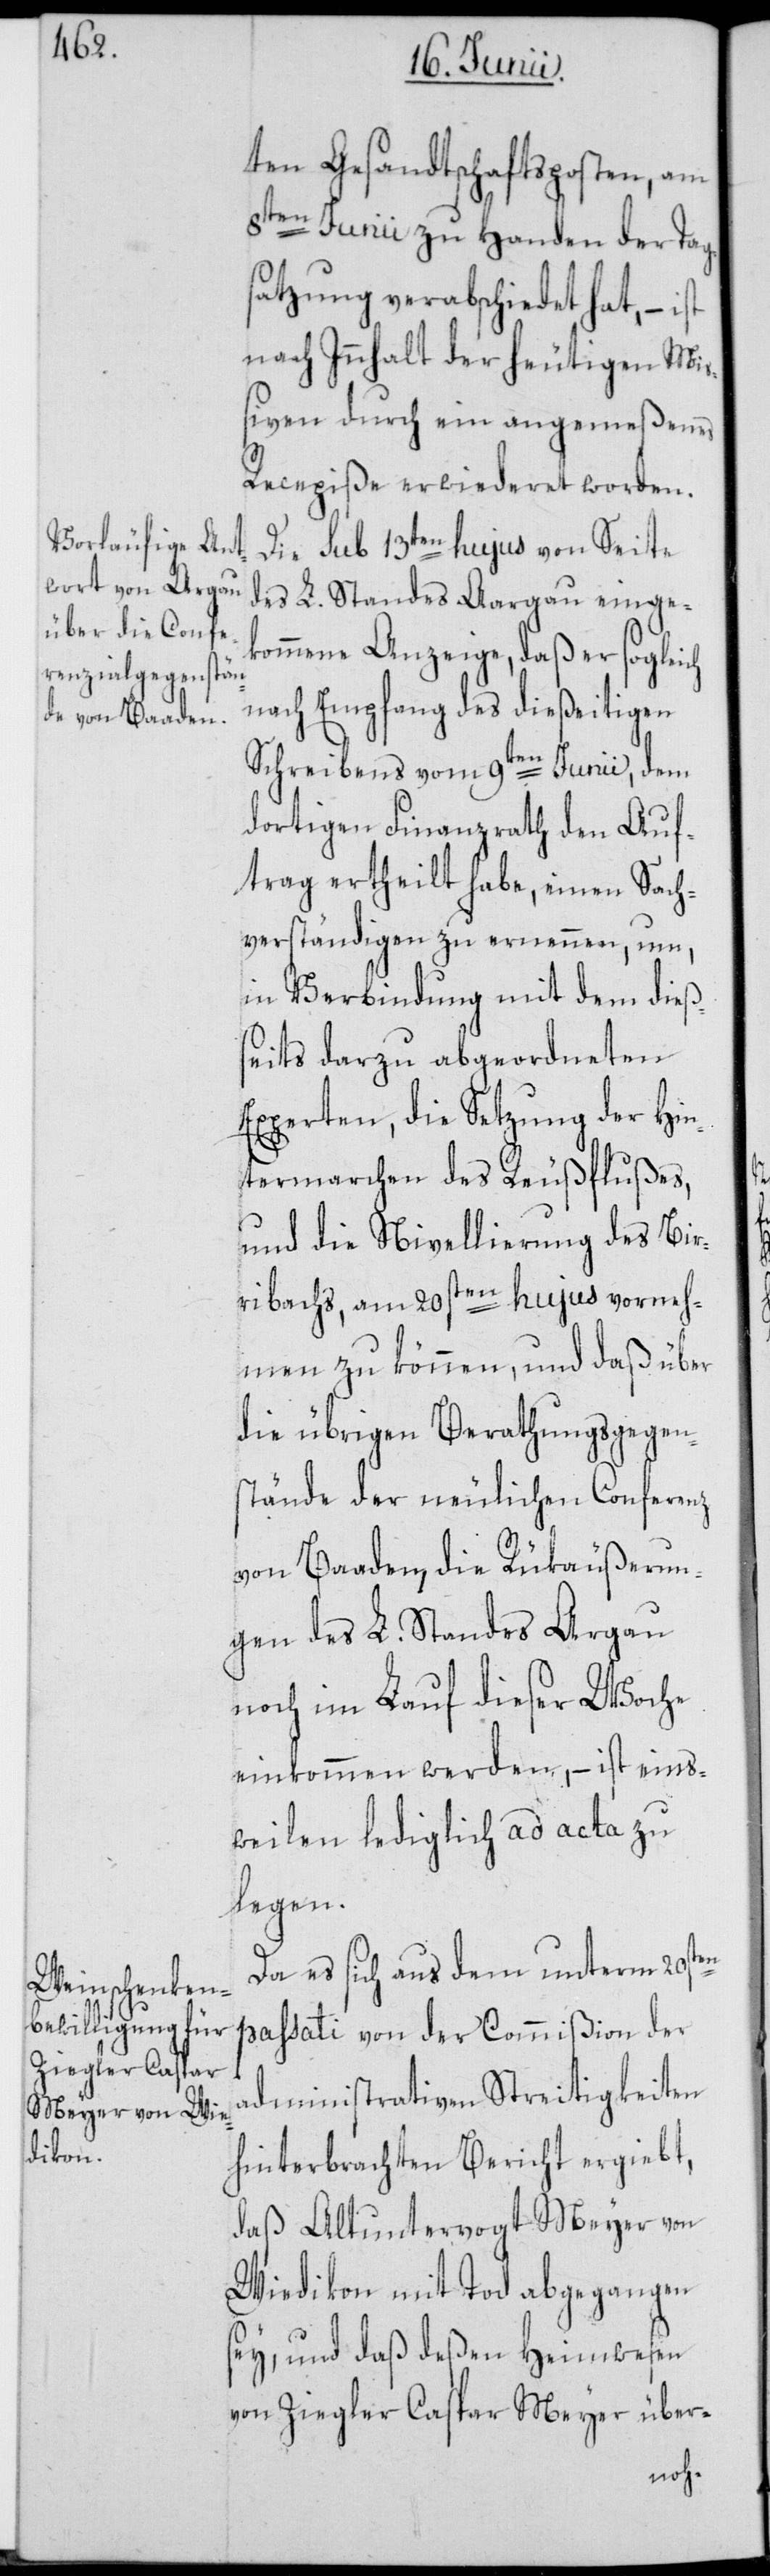
ten Gesandtschaftsposten, am
8ten Junii zu Handen der Tag¬
satzung verabschiedet hat, – ist
nach Innhalt der heutigen Mi¬
ßiven durch ein angemeßenes
Recepiße erwiederet worden.
Die sub 13ten hujus von Seite
des L. Standes Aargau einge¬
kommene Anzeige, daß er sogleich
nach Empfang des dießeitigen
Schreibens vom 9ten Junii, dem
dortigen Finanzrath den Auf¬
trag ertheilt habe, einen Sach¬
verständigen zu ernennen, um,
in Verbindung mit dem dieß¬
seits darzu abgeordneten
Experten, die Setzung der Hin¬
termarchen des Reußflußes,
und die Nivellierung des Bir¬
ribachs, am 20sten hujus vorneh¬
men zu können, und daß über
die übrigen Berathungsgegen¬
stände der neulichen Conferenz
von Baaden, die Rükäußerun¬
gen des L. Standes Argau
noch im Lauf dieser Woche
einkommen werden, – ist eins¬
weilen lediglich ad acta zu
legen.
Da es sich aus dem unterm 20sten
passati von der Commißion der
administrativen Streitigkeiten
hinterbrachten Bericht ergiebt,
daß Altuntervogt Meyer von
Wiedikon mit Tod abgegangen
sey, und daß deßen Heimwesen
von Ziegler Caspar Meyer über-